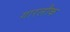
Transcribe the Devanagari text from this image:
गारलौक